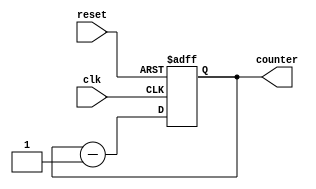
`timescale 1ns / 1ps
//////////////////////////////////////////////////////////////////////////////////
// Company: 
// Engineer: 
// 
// Design Name: 
// Module Name:    DOWNCOUNTER 
// Project Name: 
// Target Devices: 
// Tool versions: 
// Description: 
//
// Dependencies: 
//
// Revision: 
// Revision 0.01 - File Created
// Additional Comments: 
//
//////////////////////////////////////////////////////////////////////////////////
module DOWNCOUNTER(
input clk, reset,
output [3:0] counter
  );
reg [3:0] counter_down;

always @(posedge clk or posedge reset)
begin
if(reset)
 counter_down <= 4'hf;
else
 counter_down <= counter_down - 4'd1;
end
assign counter= counter_down;
endmodule